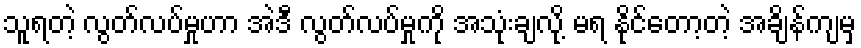
သူရတဲ့ လွတ်လပ်မှုဟာ အဲဒီ လွတ်လပ်မှုကို အသုံးချလို့ မရ နိုင်တော့တဲ့ အချိန်ကျမှ